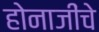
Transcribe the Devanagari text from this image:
होनाजींचे